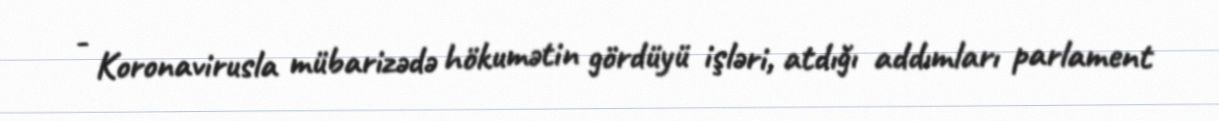
- Koronavirusla mübarizədə hökumətin gördüyü işləri, atdığı addımları parlament